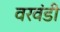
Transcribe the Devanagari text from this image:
वरवंडी